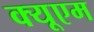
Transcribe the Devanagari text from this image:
क्यूएम